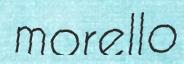
morello